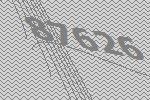
87626